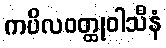
ကပိလဝတ္ထုဝါသီနံ